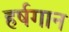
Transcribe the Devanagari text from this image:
हर्षगान